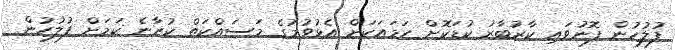
ފުލުހުން ފޮނުވައި ކާރުބާރު ކުޑަކޮށް ހަމައަކަށް އެޅުވުމުގެ މަސައްކަތް ކުރާނެ ކަމަށް ފުލުހުން